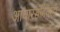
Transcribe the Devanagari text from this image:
आचारसंहिताही